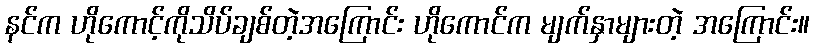
နင်က ဟိုကောင့်ကိုသိပ်ချစ်တဲ့အကြောင်း ဟိုကောင်က မျက်နှာများတဲ့ အကြောင်း။